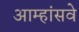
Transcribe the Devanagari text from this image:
आम्हांसवे